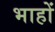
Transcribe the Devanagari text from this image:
भाहों